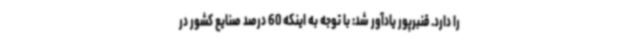
را دارد. قنبرپور یادآور شد: با توجه به اینکه 60 درصد صنایع کشور در